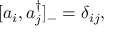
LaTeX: [ a _ { i } , a _ { j } ^ { \dagger } ] _ { - } = \delta _ { i j } ,